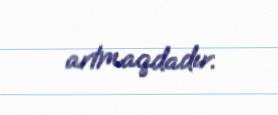
artmaqdadır.